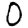
Digit: 0